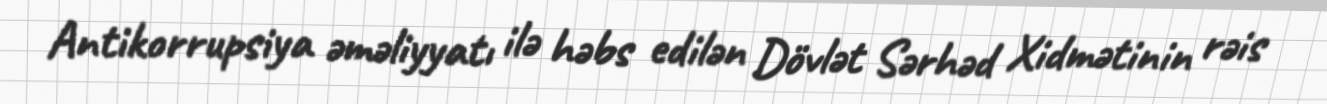
Antikorrupsiya əməliyyatı ilə həbs edilən Dövlət Sərhəd Xidmətinin rəis